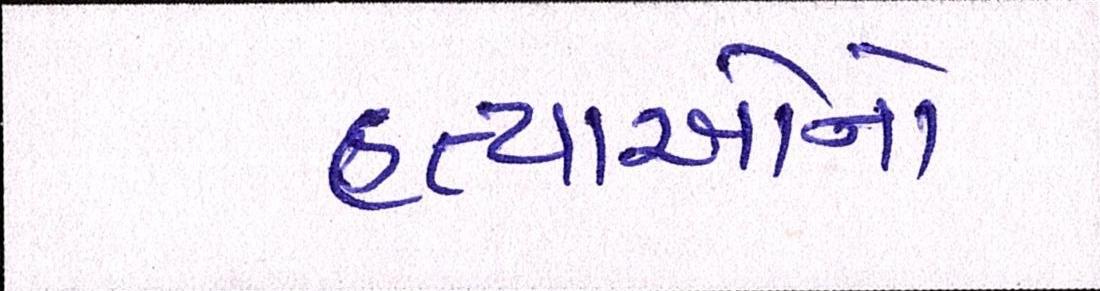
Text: હત્યાઓનો